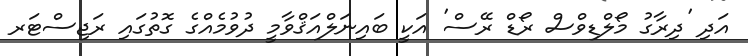
އަދި 'ދިރާގު މޯލްޑިވްސް ރޯޑް ރޭސް' އަކީ ބައިނަލްއަޤްވާމީ ދުވުމެއްގެ ގޮތުގައި ރަޖިސްޓަރ